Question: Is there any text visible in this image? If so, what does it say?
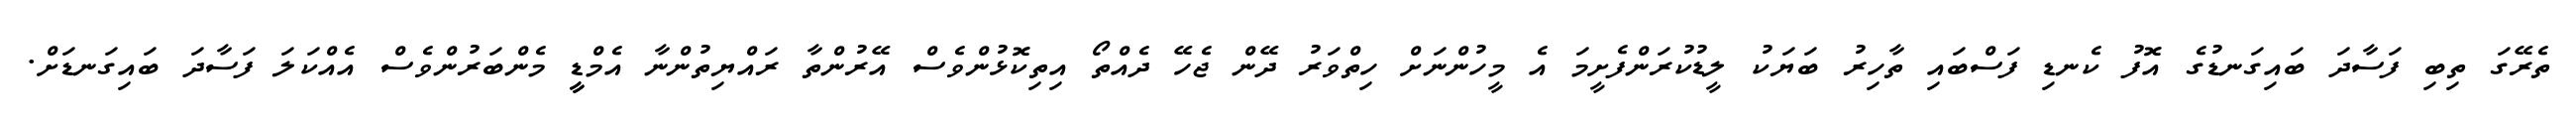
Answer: ތެރޭގަ ތިބި ފަސާދަ ބައިގަނޑުގެ އޮފު ކެނޑި ފަސްބައި ތާހިރު ބަޔަކު ލީޑުކުރަންފެށީމަ އެ މީހުންނަށް ހިތްވަރު ދޭން ޖެހޭ ދެއްތޯ އިތިކޮޅުންވެސް އޭރުންތާ ރައްޔިތުންނާ އެމްޑީީ މެންބަރުންވެސް އެއްކަލަ ފަސާދަ ބައިގަނޑަށް.